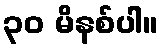
၃၀ မိနစ်ပါ။